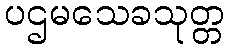
ပဌမသေခသုတ္တ